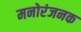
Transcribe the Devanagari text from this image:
मनोरंजनक